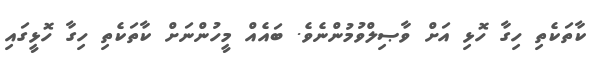
ކާތަކެތި ހިގާ ހޮޅި އަށް ވާޞިލްވުމުންނެވެ. ބައެއް މީހުންނަށް ކާތަކެތި ހިގާ ހޮޅީގައި